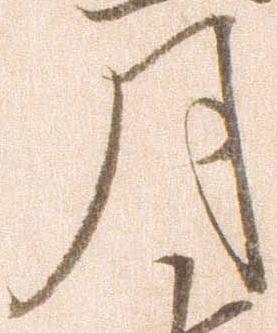
月